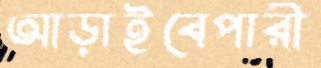
আড়াইবেপারী